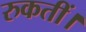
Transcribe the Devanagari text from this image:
रुकतीं।